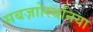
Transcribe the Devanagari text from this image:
सबज़ाोरधनिया